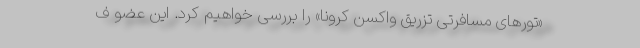
«تورهای مسافرتی تزریق واکسن کرونا» را بررسی خواهیم کرد. این عضو ف